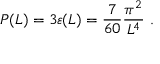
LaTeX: P ( L ) = 3 \varepsilon ( L ) = \frac { 7 } { 6 0 } \frac { \pi ^ { 2 } } { L ^ { 4 } } \ .